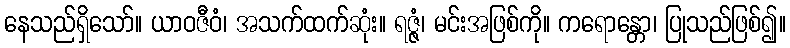
နေသည်ရှိသော်။ ယာဝဇီဝံ၊ အသက်ထက်ဆုံး။ ရဇ္ဇံ၊ မင်းအဖြစ်ကို။ ကရောန္တော၊ ပြုသည်ဖြစ်၍။